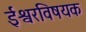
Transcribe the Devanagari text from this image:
ईश्वरविषयक